Problem: 43 + 11 = ?
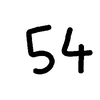
Handwritten answer: 54